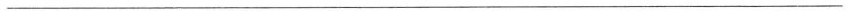
___